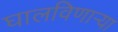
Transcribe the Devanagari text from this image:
घालविणार्‍या